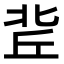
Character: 𠤢